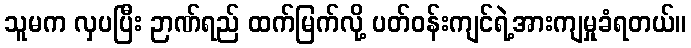
သူမက လှပပြီး ဉာဏ်ရည် ထက်မြက်လို့ ပတ်ဝန်းကျင်ရဲ့အားကျမှုခံရတယ်။